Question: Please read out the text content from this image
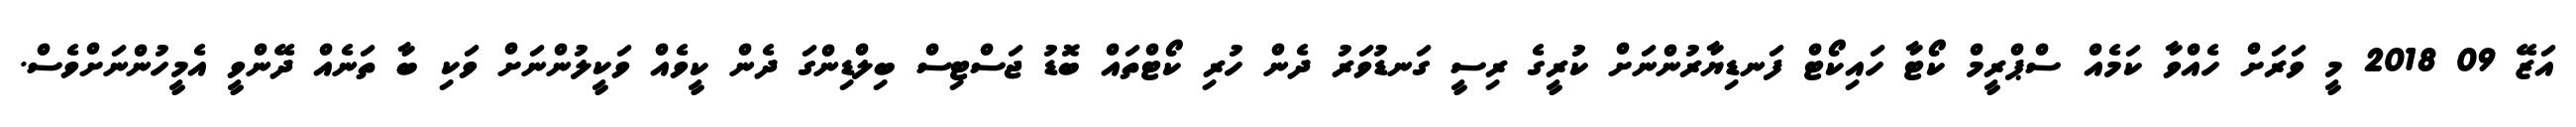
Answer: އަޒޭ 09 2018 މީ ވަރަށް ހެއްވާ ކަމެއް ސްޕްރީމް ކޯޓާ ހައިކޯޓް ފަނޑިޔާރުންނަށް ކުރީގެ ރިސީ ގަނޑުވަރު ދެން ހުރި ކޯޓްތައް ބޮޑު ޖަސްޓިސް ބިލްޑިންގަ ދެން ކީވެއް ވަކީލުންނަށް ވަކި ބާ ތަނެއް ދޭންވީ އެމީހުންނަށްވެސް.